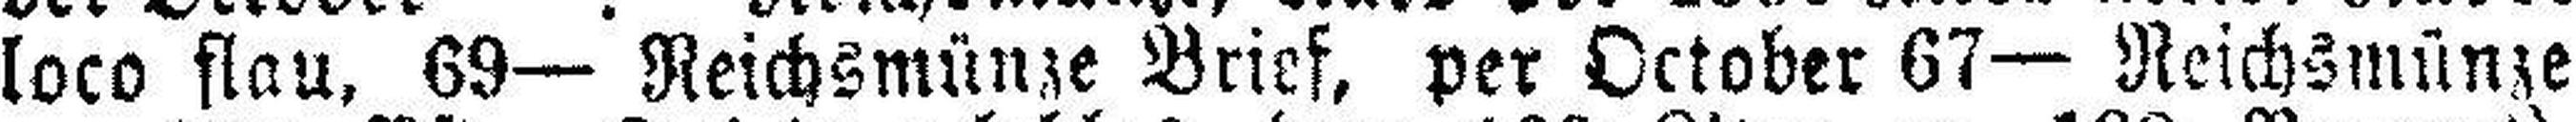
loco flau, 69— Reichsmünze Brief, per October 67— Reichsmünze